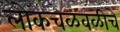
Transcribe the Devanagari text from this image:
लोकचळवळीचे